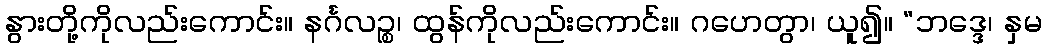
နွားတို့ကိုလည်းကောင်း။ နင်္ဂလဉ္စ၊ ထွန်ကိုလည်းကောင်း။ ဂဟေတွာ၊ ယူ၍။ “ဘဒ္ဒေ၊ နှမ